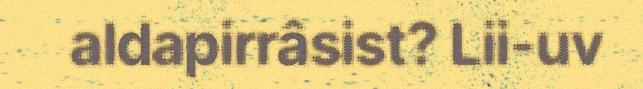
aldapirrâsist? Lii-uv